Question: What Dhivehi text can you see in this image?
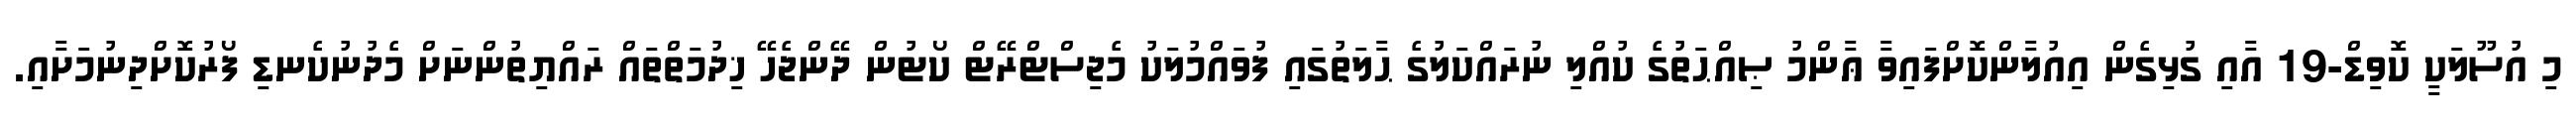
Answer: މި އުސޫލަކީ ކޮވިޑް-19 އާއި ގުޅިގެން އިއުލާންކޮށްފައިވާ ޢާންމު ޞިއްޙަތުގެ ކުއްލި ނުރައްކަލުގެ ޙާލަތުގައި ފުވައްމުލަކު މެޖިސްޓްރޭޓް ކޯޓުން ދޭންޖެހޭ ޚިދުމަތްތައް ރައްޔިތުންނަށް މެދުނުކެނޑި ފޯރުކޮށްދިނުމަށާއި.